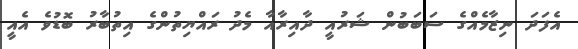
އެފަދަ ނިޒާމެއްގެ ސަބަބުން ޝަރުއީ ދާއިރާއާ މެދު ރައްޔިތުންގެ އިތުބާރު ބޮޑުވެ އެއީ